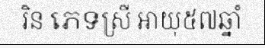
រិន ភេទស្រី អាយុ៥៧ឆ្នាំ